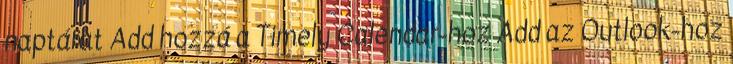
naptárat Add hozzá a Timely Calendar-hoz Add az Outlook-hoz